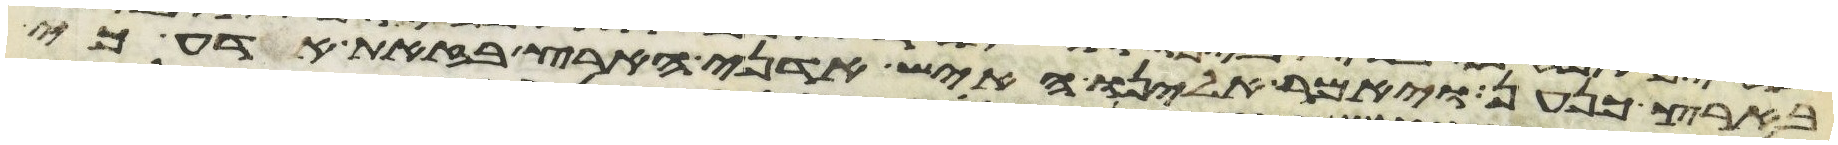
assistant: בארץ כנען ויאמר אלינו האיש אדני הארץ בזאת אדע כי